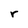
Character: r